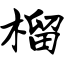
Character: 榴